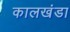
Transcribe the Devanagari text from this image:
कालखंडा